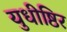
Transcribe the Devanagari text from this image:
युधीष्ठिर